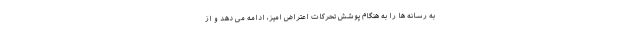
به رسانه ها را به هنگام پوشش تحرکات اعتراض امیز، ادامه می دهد و از